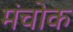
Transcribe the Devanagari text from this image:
मंचोक